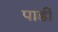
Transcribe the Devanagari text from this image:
पार्डी